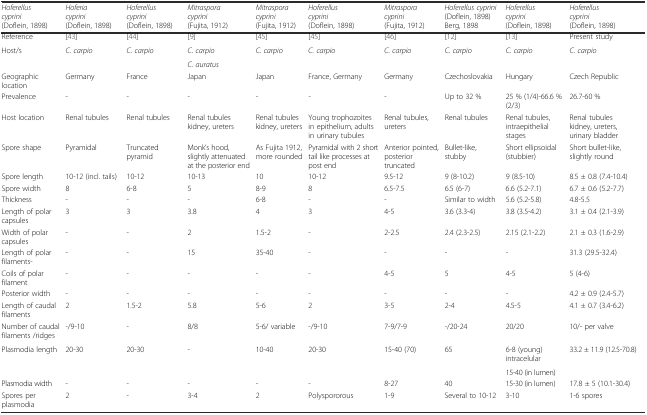
<table><thead><tr><td><b><i>Hoferellus cyprini</i> (Doflein, 1898)</b></td><td><b><i>Hoferia cyprini</i> (Doflein, 1898)</b></td><td><b><i>Hoferellus cyprini</i> (Doflein, 1898)</b></td><td><b><i>Mitraspora cyprini</i> (Fujita, 1912)</b></td><td><b><i>Mitraspora cyprini</i> (Fujita, 1912)</b></td><td><b><i>Hoferellus cyprini</i> (Doflein, 1898)</b></td><td><b><i>Mitraspora cyprini</i> (Fujita, 1912)</b></td><td><b><i>Hoferellus cyprini</i> (Doflein, 1898) Berg, 1898</b></td><td><b><i>Hoferellus cyprini</i> (Doflein, 1898)</b></td><td><b><i>Hoferellus cyprini</i> (Doflein, 1898)</b></td></tr></thead><tbody><tr><td>Reference</td><td>[43]</td><td>[44]</td><td>[9]</td><td>[45]</td><td>[45]</td><td>[46]</td><td>[12]</td><td>[13]</td><td>Present study</td></tr><tr><td rowspan="2">Host/s</td><td rowspan="2"><i>C. carpio</i></td><td rowspan="2"><i>C. carpio</i></td><td><i>C. carpio</i></td><td rowspan="2"><i>C. carpio</i></td><td rowspan="2"><i>C. carpio</i></td><td rowspan="2"><i>C. carpio</i></td><td rowspan="2"><i>C. carpio</i></td><td rowspan="2"><i>C. carpio</i></td><td rowspan="2"><i>C. carpio</i></td></tr><tr><td><i>C. auratus</i></td></tr><tr><td>Geographic location</td><td>Germany</td><td>France</td><td>Japan</td><td>Japan</td><td>France, Germany</td><td>Germany</td><td>Czechoslovakia</td><td>Hungary</td><td>Czech Republic</td></tr><tr><td>Prevalence</td><td>-</td><td>-</td><td>-</td><td>-</td><td>-</td><td>-</td><td>Up to 32 %</td><td>25 % (1/4)-66.6 % (2/3)</td><td>26.7-60 %</td></tr><tr><td>Host location</td><td>Renal tubules</td><td>Renal tubules</td><td>Renal tubules kidney, ureters</td><td>Renal tubules kidney, ureters</td><td>Young trophozoites in epithelium, adults in urinary tubules</td><td>Renal tubules, ureters</td><td>Renal tubules</td><td>Renal tubules, intraepithelial stages</td><td>Renal tubules kidney, ureters, urinary bladder</td></tr><tr><td>Spore shape</td><td>Pyramidal</td><td>Truncated pyramid</td><td>Monk’s hood, slightly attenuated at the posterior end</td><td>As Fujita 1912, more rounded</td><td>Pyramidal with 2 short tail like processes at post end</td><td>Anterior pointed, posterior truncated</td><td>Bullet-like, stubby</td><td>Short ellipsoidal (stubbier)</td><td>Short bullet-like, slightly round</td></tr><tr><td>Spore length</td><td>10-12 (incl. tails)</td><td>10-12</td><td>10-13</td><td>10</td><td>10-12</td><td>9.5-12</td><td>9 (8-10.2)</td><td>9 (8.5-10)</td><td>8.5 ± 0.8 (7.4-10.4)</td></tr><tr><td>Spore width</td><td>8</td><td>6-8</td><td>5</td><td>8-9</td><td>8</td><td>6.5-7.5</td><td>6.5 (6-7)</td><td>6.6 (5.2-7.1)</td><td>6.7 ± 0.6 (5.2-7.7)</td></tr><tr><td>Thickness</td><td>-</td><td>-</td><td>-</td><td>6-8</td><td>-</td><td>-</td><td>Similar to width</td><td>5.6 (5.2-5.8)</td><td>4.8-5.5</td></tr><tr><td>Length of polar capsules</td><td>3</td><td>3</td><td>3.8</td><td>4</td><td>3</td><td>4-5</td><td>3.6 (3.3-4)</td><td>3.8 (3.5-4.2)</td><td>3.1 ± 0.4 (2.1-3.9)</td></tr><tr><td>Width of polar capsules</td><td>-</td><td>-</td><td>2</td><td>1.5-2</td><td>-</td><td>2-2.5</td><td>2.4 (2.3-2.5)</td><td>2.15 (2.1-2.2)</td><td>2.1 ± 0.3 (1.6-2.9)</td></tr><tr><td>Length of polar filaments-</td><td>-</td><td>-</td><td>15</td><td>35-40</td><td>-</td><td>-</td><td>-</td><td>-</td><td>31.3 (29.5-32.4)</td></tr><tr><td>Coils of polar filament</td><td>-</td><td>-</td><td>-</td><td>-</td><td>-</td><td>4-5</td><td>5</td><td>4-5</td><td>5 (4-6)</td></tr><tr><td>Posterior width</td><td>-</td><td>-</td><td>-</td><td>-</td><td>-</td><td>-</td><td>-</td><td>-</td><td>4.2 ± 0.9 (2.4-5.7)</td></tr><tr><td>Length of caudal filaments</td><td>2</td><td>1.5-2</td><td>5.8</td><td>5-6</td><td>2</td><td>3-5</td><td>2-4</td><td>4.5-5</td><td>4.1 ± 0.7 (3.4-6.2)</td></tr><tr><td>Number of caudal filaments /ridges</td><td>-/9-10</td><td>-</td><td>8/8</td><td>5-6/ variable</td><td>-/9-10</td><td>7-9/7-9</td><td>-/20-24</td><td>20/20</td><td>10/- per valve</td></tr><tr><td rowspan="2">Plasmodia length</td><td rowspan="2">20-30</td><td rowspan="2">20-30</td><td rowspan="2">-</td><td rowspan="2">10-40</td><td rowspan="2">20-30</td><td rowspan="2">15-40 (70)</td><td rowspan="2">65</td><td>6-8 (young) intracelular</td><td rowspan="2">33.2 ± 11.9 (12.5-70.8)</td></tr><tr><td>15-40 (in lumen)</td></tr><tr><td>Plasmodia width</td><td>-</td><td>-</td><td>-</td><td>-</td><td>-</td><td>8-27</td><td>40</td><td>15-30 (in lumen)</td><td>17.8 ± 5 (10.1-30.4)</td></tr><tr><td>Spores per plasmodia</td><td>2</td><td>-</td><td>3-4</td><td>2</td><td>Polyspororous</td><td>1-9</td><td>Several to 10-12</td><td>3-10</td><td>1-6 spores</td></tr></tbody></table>